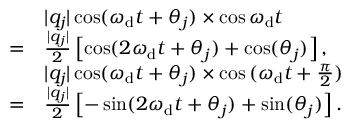
\begin{array} { r l } & { \lvert q _ { j } \rvert \cos ( \omega _ { \mathrm { d } } t + \theta _ { j } ) \times \cos { \omega _ { \mathrm { d } } t } } \\ { = } & { \frac { \lvert q _ { j } \rvert } { 2 } \left[ \cos ( 2 \omega _ { \mathrm { d } } t + \theta _ { j } ) + \cos ( \theta _ { j } ) \right] , } \\ & { \lvert q _ { j } \rvert \cos ( \omega _ { \mathrm { d } } t + \theta _ { j } ) \times \cos { ( \omega _ { \mathrm { d } } t + \frac { \pi } { 2 } ) } } \\ { = } & { \frac { \lvert q _ { j } \rvert } { 2 } \left[ - \sin ( 2 \omega _ { \mathrm { d } } t + \theta _ { j } ) + \sin ( \theta _ { j } ) \right] . } \end{array}